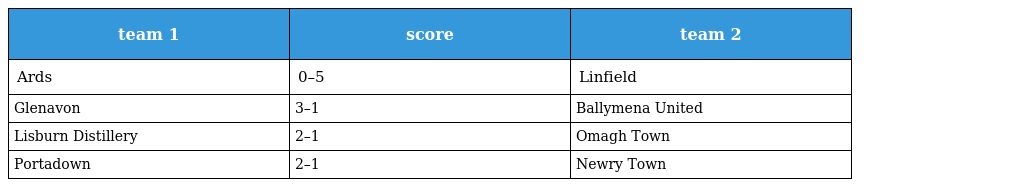
| team 1 | score | team 2 |
 | --- | --- | --- |
 | Ards | 0–5 | Linfield |
 | Glenavon | 3–1 | Ballymena United |
 | Lisburn Distillery | 2–1 | Omagh Town |
 | Portadown | 2–1 | Newry Town |